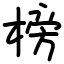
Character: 榜